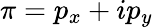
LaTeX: \pi=p_{x}+ip_{y}